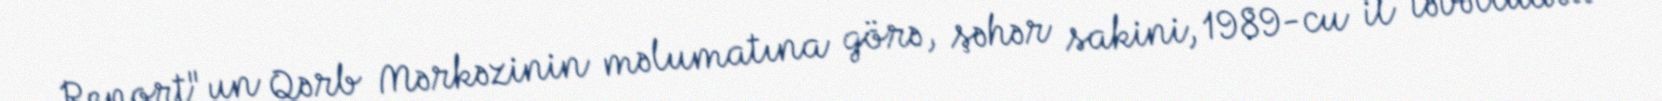
Report"un Qərb Mərkəzinin məlumatına görə, şəhər sakini, 1989-cu il təvəllüdlü